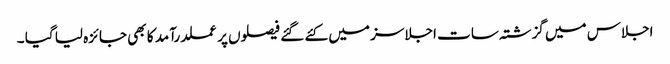
اجلاس میں گزشتہ سات اجلاسز میں کئے گئے فیصلوں پر عملدرآمد کا بھی جائزہ لیا گیا ۔